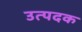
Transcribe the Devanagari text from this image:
उत्पदक